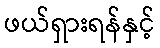
ဖယ်ရှားရန်နှင့်